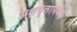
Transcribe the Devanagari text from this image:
अक्षवृत्तापर्यंत